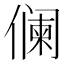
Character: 𱏓